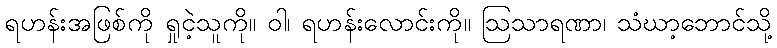
ရဟန်းအဖြစ်ကို ရှုငဲ့သူကို။ ဝါ၊ ရဟန်းလောင်းကို။ ဩသာရဏာ၊ သံဃာ့ဘောင်သို့